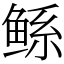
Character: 鲧